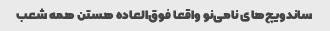
ساندویچ‌های نامی‌نو واقعا فوق‌العاده هستن همه شعب